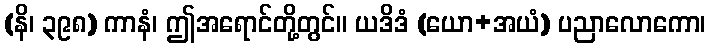
(နိ၊ ၃၉၈) ကာနံ၊ ဤအရောင်တို့တွင်။ ယဒိဒံ (ယော+အယံ) ပညာလောကော၊